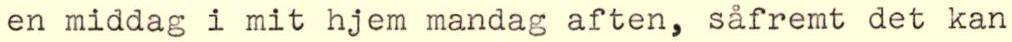
en middag i mit hjem mandag aften, såfremt det kan